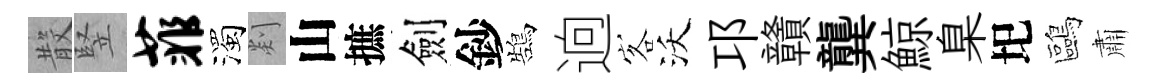
𣪚竪菲濁剡山摭劍鈔鵠逈客沃邛贛龔鯨臬圯鷗肅